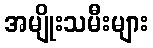
အမျိုးသမီးများ